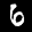
Label: 6